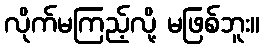
လိုက်မကြည့်လို့ မဖြစ်ဘူး။